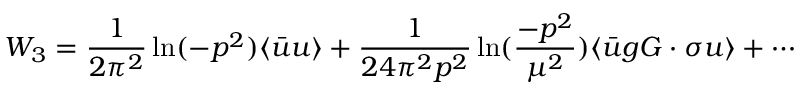
W _ { 3 } = { \frac { 1 } { 2 \pi ^ { 2 } } } \ln ( - p ^ { 2 } ) \langle \bar { u } u \rangle + { \frac { 1 } { 2 4 \pi ^ { 2 } p ^ { 2 } } } \ln ( { \frac { - p ^ { 2 } } { \mu ^ { 2 } } } ) \langle \bar { u } g G \cdot \sigma u \rangle + \cdots